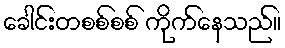
ခေါင်းတစစ်စစ် ကိုက်နေသည်။